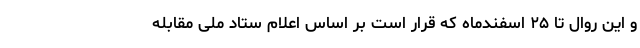
و این روال تا ۲۵ اسفندماه که قرار است بر اساس اعلام ستاد ملی مقابله